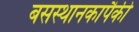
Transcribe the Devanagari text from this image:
बसस्थानकापैकी